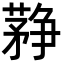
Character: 𦽰